Document type: Anniversary endowment
Year: 1486
Scribe: Bartomeu Masons
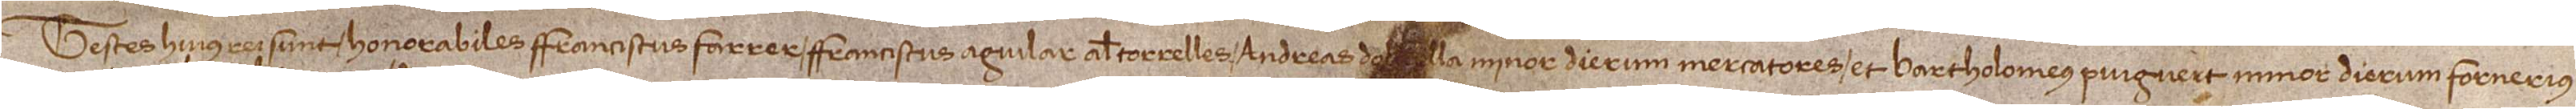
Testes huius rei sunt: honorabiles Franciscus Farrer, Franciscus Aguilar, alias Torrelles, Andreas d’O[live]lla, minor dieru, mercatores, et Bartholomeus Puigvert, minor dierum, fornerius,